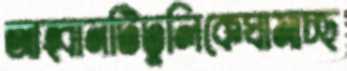
আহ্বানটিঢুলিকেঘামাচ্ছ